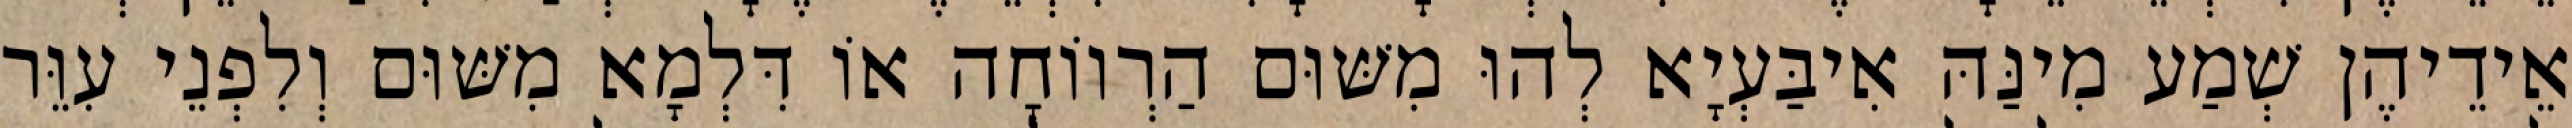
אֵידֵיהֶן שְׁמַע מִינַּהּ אִיבַּעְיָא לְהוּ מִשּׁוּם הַרְווֹחָה אוֹ דִּלְמָא מִשּׁוּם וְלִפְנֵי עִוֵּר